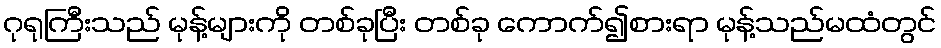
ဂုရုကြီးသည် မုန့်များကို တစ်ခုပြီး တစ်ခု ကောက်၍စားရာ မုန့်သည်မထံတွင်